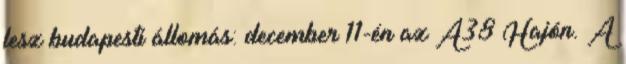
lesz budapesti állomás: december 11-én az A38 Hajón. A